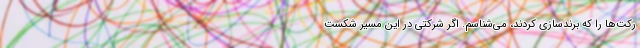
رکت‌ها را که برندسازی کردند، می‌شناسم. اگر شرکتی در این مسیر شکست